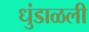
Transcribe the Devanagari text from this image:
धुंडाळली